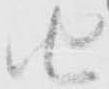
由